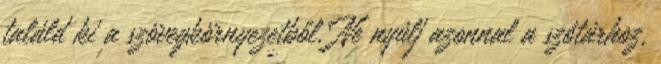
találd ki a szövegkörnyezetből. Ne nyúlj azonnal a szótárhoz,